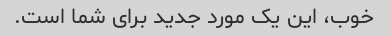
خوب، این یک مورد جدید برای شما است.